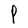
Character: P